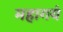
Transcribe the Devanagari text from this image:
महागयं